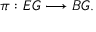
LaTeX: \pi : E G \longrightarrow B G .